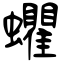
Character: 蠷